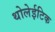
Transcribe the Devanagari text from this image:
थोलेईटिक